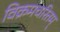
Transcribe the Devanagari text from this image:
विक्रमचरितम्